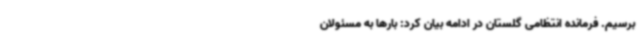
برسیم. فرمانده انتظامی گلستان در ادامه بیان کرد: بارها به مسئولان